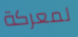
لمعركة